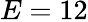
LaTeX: E=12